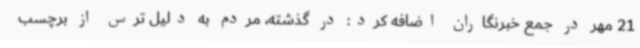
21 مهر در جمع خبرنگاران اضافه کرد: در گذشته، مردم به دلیل ترس از برچسب